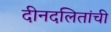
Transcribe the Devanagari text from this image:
दीनदलितांची